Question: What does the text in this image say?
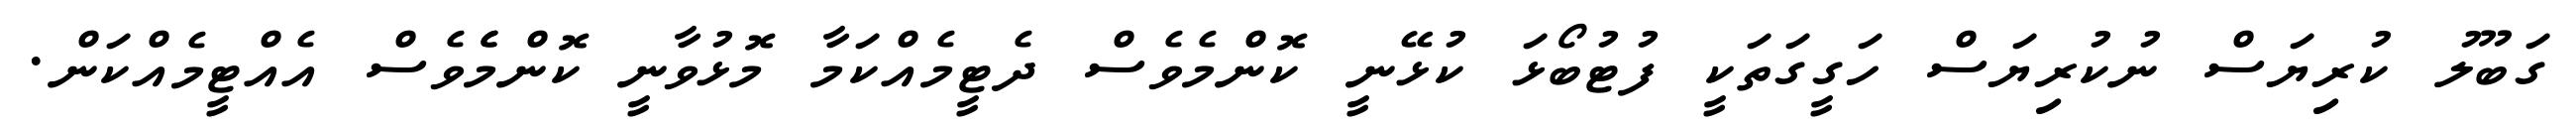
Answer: ގަބޫލު ކުރިޔަސް ނުކުރިޔަސް ހަގީގަތަކީ ފުޓުބޯޅަ ކުޅޭނީ ކޮންމެވެސް ދެޓީމެއްކަމާ މޮޅުވާނީ ކޮންމެެވެސް އެއްޓީމެއްކަން.